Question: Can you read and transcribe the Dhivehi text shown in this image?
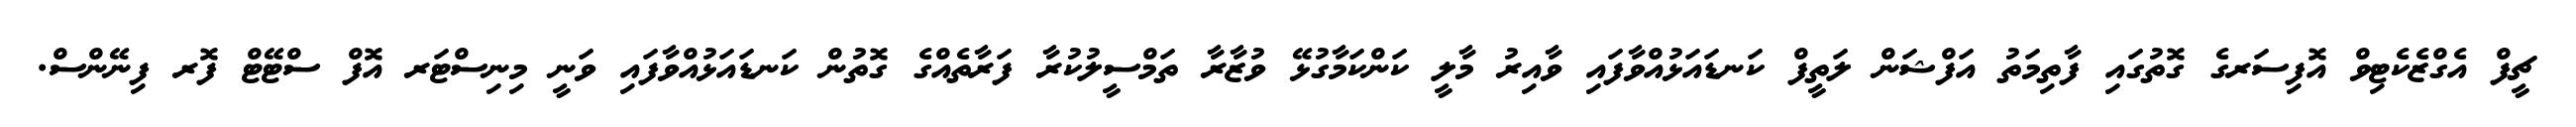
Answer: ޗީފް އެގްޒެކެޓިވް އޮފިސަރގެ ގޮތުގައި ފާތިމަތު އަފްޝަން ލަތީފް ކަނޑައަޅުއްވާފައި ވާއިރު މާލީ ކަންކަމާގުޅޭ ވުޒާރާ ތަމްސީލުކުރާ ފަރާތެއްގެ ގޮތުން ކަނޑައަޅުއްވާފައި ވަނީ މިނިސްޓަރ އޮފް ސްޓޭޓް ފޮރ ފިނޭންސް.